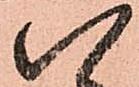
八